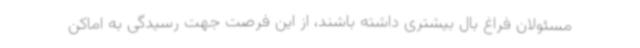
مسئولان فراغ بال بیشتری داشته باشند، از این فرصت جهت رسیدگی به اماکن